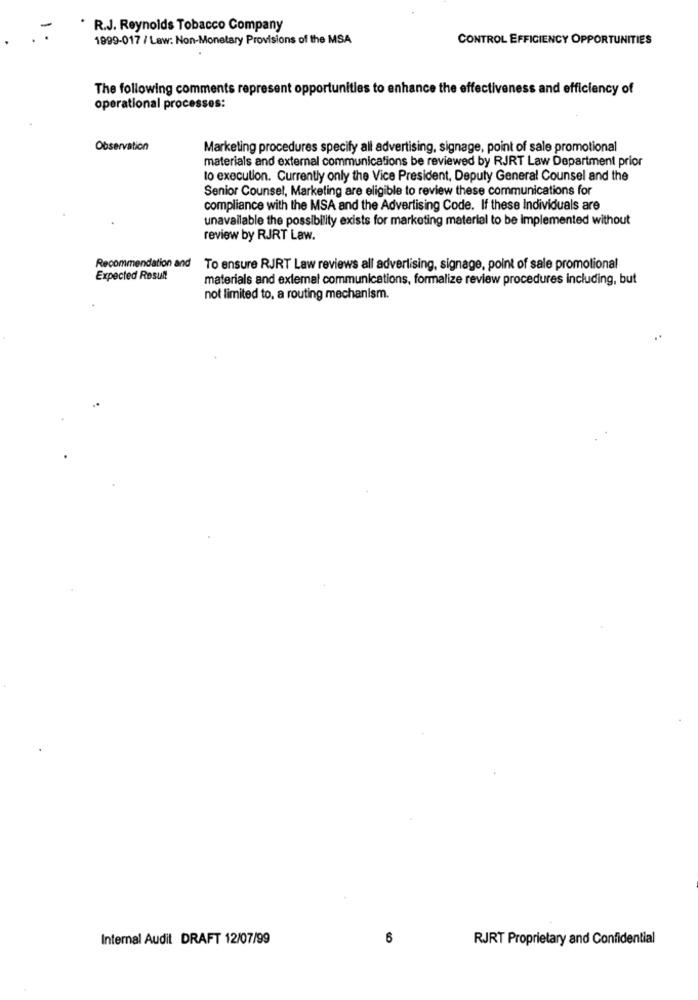
. R.J. Reynolds Tobacco Company
1999-017 / Law: Non-Monetary Provisions of the MSA
CONTROL EFFICIENCY OPPORTUNITIES
The following comments represent opportunities to enhance the effectiveness and efficiency of
operational processes:
Observation
Marketing procedures specify all advertising, signage, point of sale promotional
materials and external communications be reviewed by RJRT Law Department prior
to execution. Currently only the Vice President, Deputy General Counsel and the
Senior Counsel, Marketing are eligible to review these communications for
compliance with the MSA and the Advertising Code. If these Individuals are
unavailable the possibility exists for marketing material to be implemented without
review by RJRT Law.
Recommendation and To ensure RJRT Law reviews all advertising, signage, point of sale promotional
Expected Result
materials and external communications, formalize review procedures including, but
not limited to, a routing mechanism.
Internal Audit DRAFT 12/07/99
6
RJRT Proprietary and Confidential